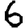
Digit: 6